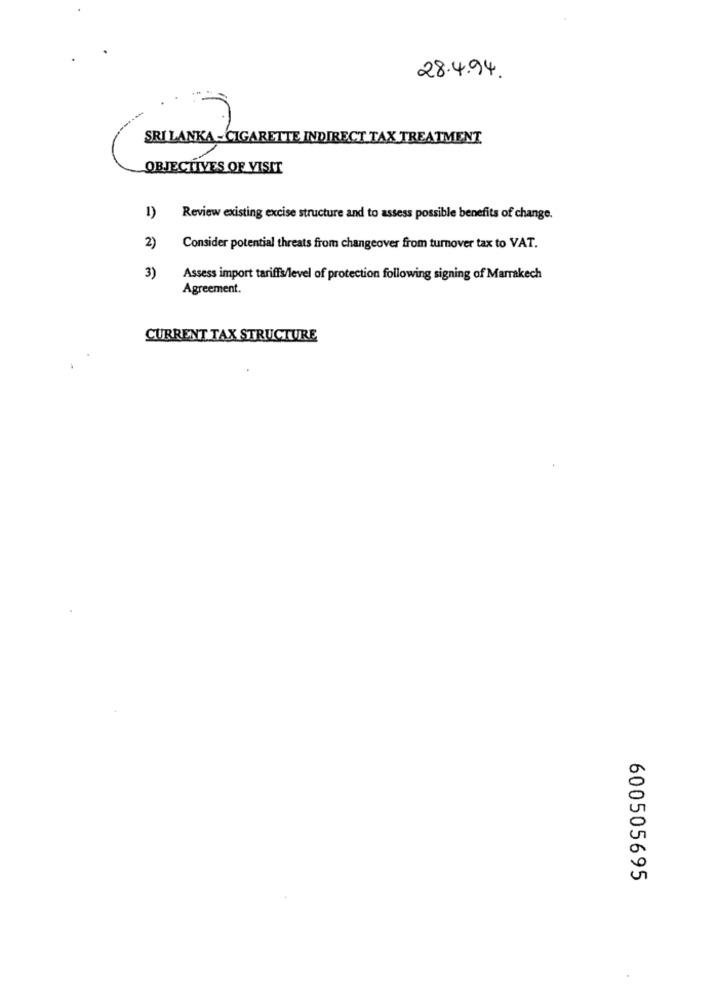
28.4.94.
SRI LANKA -CIGARETTE INDIRECT TAX TREATMENT
OBJECTIVES OF VISIT
1)
Review existing excise structure and to assess possible benefits of change.
2)
Consider potential threats from changeover from turnover tax to VAT.
3)
Assess import tariffs/level of protection following signing of Marrakech
Agreement.
CURRENT TAX STRUCTURE
600505695